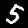
Label: 5